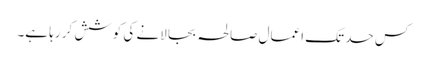
کس حد تک اعمالِ صالحہ بجا لانے کی کوشش کر رہا ہے۔